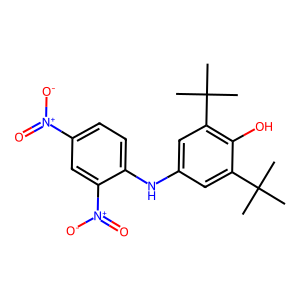
SMILES: CC(C)(C)c1cc(Nc2ccc([N+](=O)[O-])cc2[N+](=O)[O-])cc(C(C)(C)C)c1O
Inhibits HIV replication: No